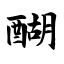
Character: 醐